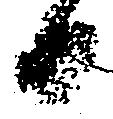
日